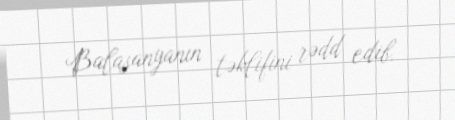
Balasanyanın təklifini rədd edib.